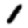
Digit: 1